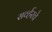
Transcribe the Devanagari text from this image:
सर्व्हरचे